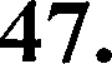
47.